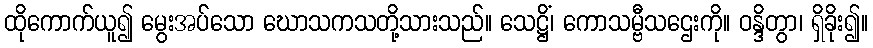
ထိုကောက်ယူ၍ မွေးအပ်သော ဃောသကသတို့သားသည်။ သေဋ္ဌိံ၊ ကောသမ္ဗီသဌေးကို။ ဝန္ဒိတွာ၊ ရှိခိုး၍။